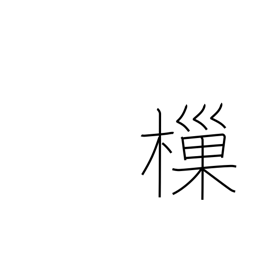
Meaning: dip up